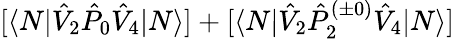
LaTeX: [\langle N|\hat{V}_{2}\hat{P}_{0}\hat{V}_{4}|N\rangle]+[\langle N|\hat{V}_{2}\hat{P}_{2}^{(\pm 0)}\hat{V}_{4}|N\rangle]